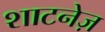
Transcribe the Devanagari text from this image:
शाटनेज़